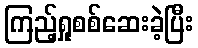
ကြည့်ရှုစစ်ဆေးခဲ့ပြီး